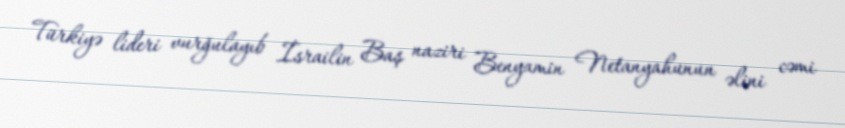
Türkiyə lideri vurğulayıb İsrailin Baş naziri Benyamin Netanyahunun əlini cəmi